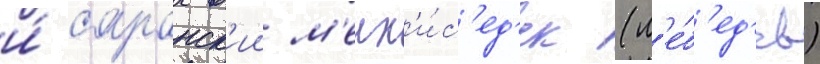
и́ саранск'ии м'елх'и́с'ед'ек (л'е́б'ед'ев)